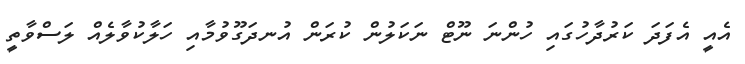
އެއީ އެފަދަ ކަރުދާހުގައި ހުންނަ ނޫޓް ނަކަލުން ކުރަން އުނދަގޫވުމާއި ހަލާކުވާލެއް ލަސްވާތީ